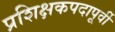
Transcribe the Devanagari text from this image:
प्रशिक्षकपदापूर्वी